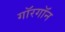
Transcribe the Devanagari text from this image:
गॉरगॉन